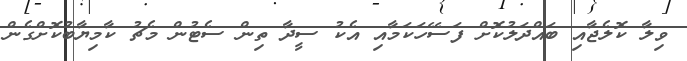
ވިލާ ކޮލެޖާއި ބައްދަލުކޮށް ފަސޭހަކަމާއި އެކު ސީދާ ތިން ސެޓުން މެޗު ކާމިޔާބުކޮށްގެން